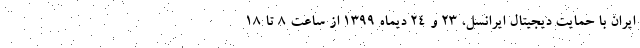
ایران با حمایت دیجیتال ایرانسل، 23 و 24 دیماه 1399 از ساعت 8 تا 18